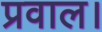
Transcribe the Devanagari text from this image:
प्रवाल।